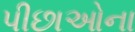
પીછાઓના